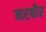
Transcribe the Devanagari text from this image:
नरबीर